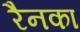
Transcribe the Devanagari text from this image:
रैनका